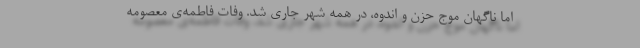
اما ناگهان موج حزن و اندوه، در همه شهر جاری شد. وفات فاطمه‌ی معصومه